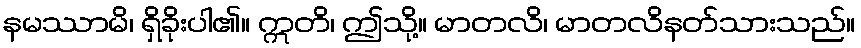
နမဿာမိ၊ ရှိခိုးပါ၏။ ဣတိ၊ ဤသို့။ မာတလိ၊ မာတလိနတ်သားသည်။